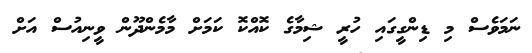
ނަމަވެސް މި ޑިންގީގައި ހުރީ ޝިމާގެ ކޮއްކޮ ކަމަށް މާމެންދޫން ވީނިއުސް އަށް